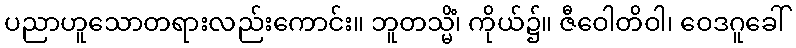
ပညာဟူသောတရားလည်းကောင်း။ ဘူတသ္မိံ၊ ကိုယ်၌။ ဇီဝေါတိဝါ၊ ဝေဒဂူခေါ်